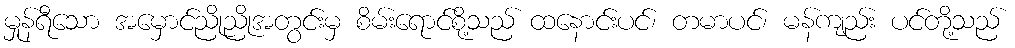
မှုန်ရီသော အမှောင်ညိုညိုအတွင်းမှ စိမ်းရောင်စို့သည် ထနောင်းပင်၊ တမာပင်၊ မန်ကျည်း ပင်တို့သည်